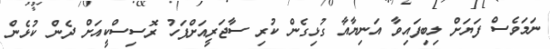
ނަމަވެސް ފަޔަށް ލިބިފައިވާ އަނިޔާއާ ގުޅިގެން ކުރި ސާޖަރީއަށްފަހު ރޮސިސްކީއަށް ދެން ކުޅެން